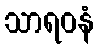
သာရဝနံ